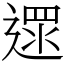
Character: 遝